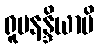
ရူပနန္ဒိယာပိ